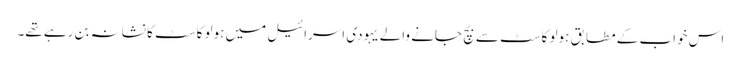
اس خواب کے مطابق ہولو کاسٹ سے بچ جانے والے یہودی اسرائیل میں ہولو کاسٹ کا نشانہ بن رہے تھے۔